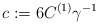
\begin{align*}c:=6C^{(1)}\gamma^{-1} \end{align*}